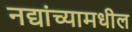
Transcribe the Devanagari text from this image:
नद्यांच्यामधील